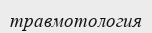
травмотология